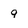
Character: 9